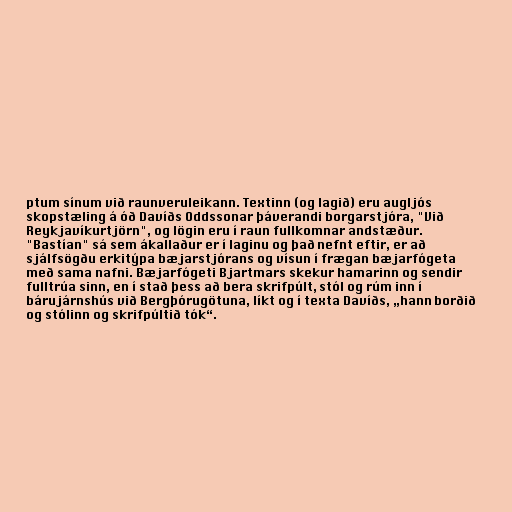
ptum sínum við raunveruleikann. Textinn (og lagið) eru augljós
skopstæling á óð Davíðs Oddssonar þáverandi borgarstjóra, "Við
Reykjavíkurtjörn", og lögin eru í raun fullkomnar andstæður.
"Bastían" sá sem ákallaður er í laginu og það nefnt eftir, er að
sjálfsögðu erkitýpa bæjarstjórans og vísun í frægan bæjarfógeta
með sama nafni. Bæjarfógeti Bjartmars skekur hamarinn og sendir
fulltrúa sinn, en í stað þess að bera skrifpúlt, stól og rúm inn í
bárujárnshús við Bergþórugötuna, líkt og í texta Davíðs, „hann borðið
og stólinn og skrifpúltið tók“.